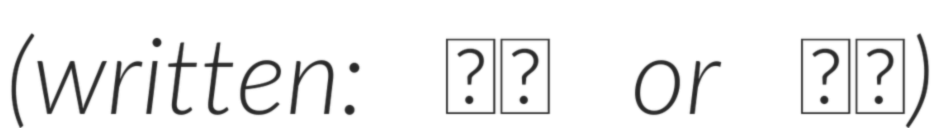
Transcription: (written: 照恭 or 照康)